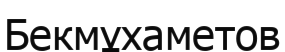
Бекмұхаметов